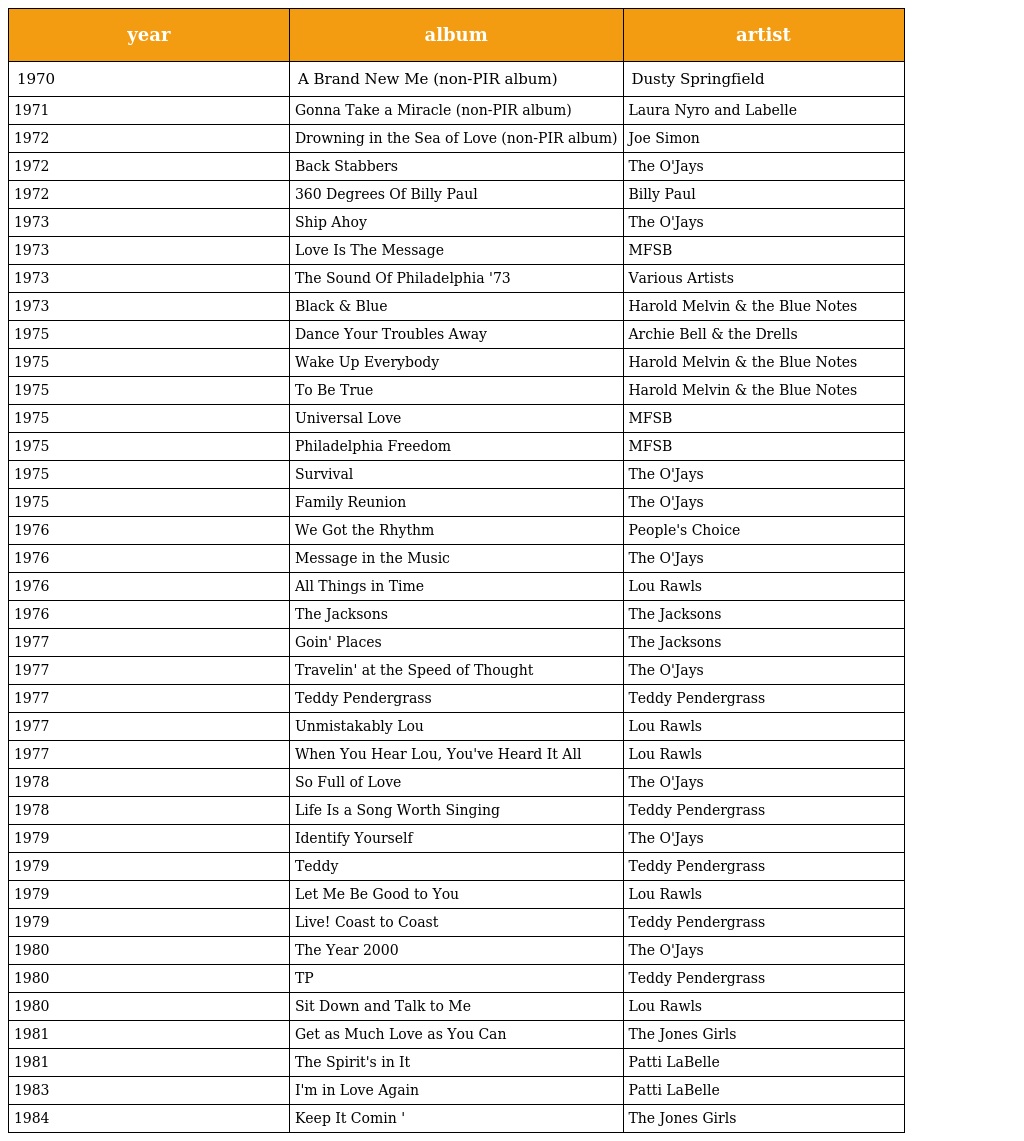
| year | album | artist |
 | --- | --- | --- |
 | 1970 | A Brand New Me (non-PIR album) | Dusty Springfield |
 | 1971 | Gonna Take a Miracle (non-PIR album) | Laura Nyro and Labelle |
 | 1972 | Drowning in the Sea of Love (non-PIR album) | Joe Simon |
 | 1972 | Back Stabbers | The O'Jays |
 | 1972 | 360 Degrees Of Billy Paul | Billy Paul |
 | 1973 | Ship Ahoy | The O'Jays |
 | 1973 | Love Is The Message | MFSB |
 | 1973 | The Sound Of Philadelphia '73 | Various Artists |
 | 1973 | Black & Blue | Harold Melvin & the Blue Notes |
 | 1975 | Dance Your Troubles Away | Archie Bell & the Drells |
 | 1975 | Wake Up Everybody | Harold Melvin & the Blue Notes |
 | 1975 | To Be True | Harold Melvin & the Blue Notes |
 | 1975 | Universal Love | MFSB |
 | 1975 | Philadelphia Freedom | MFSB |
 | 1975 | Survival | The O'Jays |
 | 1975 | Family Reunion | The O'Jays |
 | 1976 | We Got the Rhythm | People's Choice |
 | 1976 | Message in the Music | The O'Jays |
 | 1976 | All Things in Time | Lou Rawls |
 | 1976 | The Jacksons | The Jacksons |
 | 1977 | Goin' Places | The Jacksons |
 | 1977 | Travelin' at the Speed of Thought | The O'Jays |
 | 1977 | Teddy Pendergrass | Teddy Pendergrass |
 | 1977 | Unmistakably Lou | Lou Rawls |
 | 1977 | When You Hear Lou, You've Heard It All | Lou Rawls |
 | 1978 | So Full of Love | The O'Jays |
 | 1978 | Life Is a Song Worth Singing | Teddy Pendergrass |
 | 1979 | Identify Yourself | The O'Jays |
 | 1979 | Teddy | Teddy Pendergrass |
 | 1979 | Let Me Be Good to You | Lou Rawls |
 | 1979 | Live! Coast to Coast | Teddy Pendergrass |
 | 1980 | The Year 2000 | The O'Jays |
 | 1980 | TP | Teddy Pendergrass |
 | 1980 | Sit Down and Talk to Me | Lou Rawls |
 | 1981 | Get as Much Love as You Can | The Jones Girls |
 | 1981 | The Spirit's in It | Patti LaBelle |
 | 1983 | I'm in Love Again | Patti LaBelle |
 | 1984 | Keep It Comin ' | The Jones Girls |